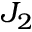
J _ { 2 }